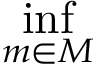
\operatorname* { i n f } _ { m \in M }